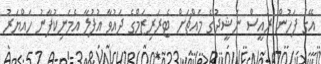
އޭގެ ފަހުން ރައީސް ނަޝީދުގެ މައްޗަށް ޓެރަރިޒަމްގެ ދައުވާ އުފުލާ އެމަނިކުފާނު ހައްޔަރު